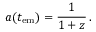
a ( t _ { \mathrm { e m } } ) = { \frac { 1 } { 1 + z } } \, .